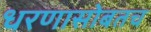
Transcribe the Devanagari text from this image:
धरणासोबतच